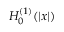
H _ { 0 } ^ { ( 1 ) } ( \vert x \vert )